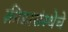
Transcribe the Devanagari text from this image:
क्रीडासंस्थेचे